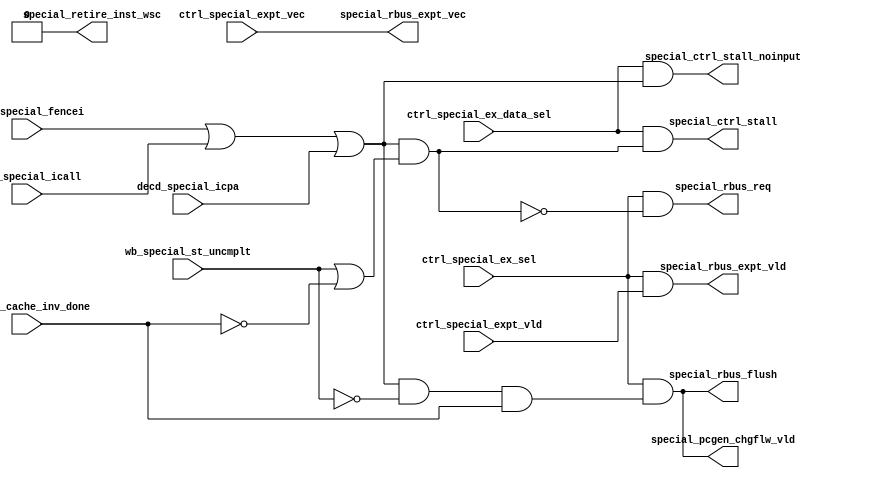
/*Copyright 2018-2021 T-Head Semiconductor Co., Ltd.

Licensed under the Apache License, Version 2.0 (the "License");
you may not use this file except in compliance with the License.
You may obtain a copy of the License at

    http://www.apache.org/licenses/LICENSE-2.0

Unless required by applicable law or agreed to in writing, software
distributed under the License is distributed on an "AS IS" BASIS,
WITHOUT WARRANTIES OR CONDITIONS OF ANY KIND, either express or implied.
See the License for the specific language governing permissions and
limitations under the License.
*/

// &ModuleBeg; @25
module cr_iu_special(
  cp0_iu_cache_inv_done,
  ctrl_special_ex_data_sel,
  ctrl_special_ex_sel,
  ctrl_special_expt_vec,
  ctrl_special_expt_vld,
  decd_special_fencei,
  decd_special_icall,
  decd_special_icpa,
  special_ctrl_stall,
  special_ctrl_stall_noinput,
  special_pcgen_chgflw_vld,
  special_rbus_expt_vec,
  special_rbus_expt_vld,
  special_rbus_flush,
  special_rbus_req,
  special_retire_inst_wsc,
  wb_special_st_uncmplt
);

// &Ports; @26
input          cp0_iu_cache_inv_done;     
input          ctrl_special_ex_data_sel;  
input          ctrl_special_ex_sel;       
input   [4:0]  ctrl_special_expt_vec;     
input          ctrl_special_expt_vld;     
input          decd_special_fencei;       
input          decd_special_icall;        
input          decd_special_icpa;         
input          wb_special_st_uncmplt;     
output         special_ctrl_stall;        
output         special_ctrl_stall_noinput; 
output         special_pcgen_chgflw_vld;  
output  [4:0]  special_rbus_expt_vec;     
output         special_rbus_expt_vld;     
output         special_rbus_flush;        
output         special_rbus_req;          
output         special_retire_inst_wsc;   

// &Regs; @27

// &Wires; @28
wire           cp0_iu_cache_inv_done;     
wire           ctrl_special_ex_data_sel;  
wire           ctrl_special_ex_sel;       
wire    [4:0]  ctrl_special_expt_vec;     
wire           ctrl_special_expt_vld;     
wire           decd_special_fencei;       
wire           decd_special_icall;        
wire           decd_special_icpa;         
wire           special_cmplt;             
wire           special_ctrl_stall;        
wire           special_ctrl_stall_noinput; 
wire           special_pcgen_chgflw_vld;  
wire    [4:0]  special_rbus_expt_vec;     
wire           special_rbus_expt_vld;     
wire           special_rbus_flush;        
wire           special_rbus_req;          
wire           special_retire_inst_wsc;   
wire           special_stall;             
wire           wb_special_st_uncmplt;     


//==============================================================================
// SEPCIAL result request
//==============================================================================
// fencei judge
assign special_stall = (decd_special_fencei || decd_special_icall
                    || decd_special_icpa)
                    && (wb_special_st_uncmplt || !cp0_iu_cache_inv_done);
assign special_cmplt  = (decd_special_fencei || decd_special_icall
                    || decd_special_icpa)
                    && !wb_special_st_uncmplt
                    && cp0_iu_cache_inv_done;

//result bus request
assign special_rbus_req         = ctrl_special_ex_sel && !special_stall;
assign special_rbus_flush       = ctrl_special_ex_sel && special_cmplt;
assign special_pcgen_chgflw_vld = ctrl_special_ex_sel && special_cmplt;
//data and data valid : special does not write back

//exception valid and vector
assign special_rbus_expt_vld      = ctrl_special_ex_sel && ctrl_special_expt_vld;
assign special_rbus_expt_vec[4:0] = ctrl_special_expt_vec[4:0];

assign special_ctrl_stall = ctrl_special_ex_data_sel && special_stall;
assign special_ctrl_stall_noinput = ctrl_special_ex_data_sel 
                         && (decd_special_fencei || decd_special_icall
                         || decd_special_icpa);

assign special_retire_inst_wsc = 1'b0;

// &ModuleEnd; @68
endmodule